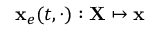
{ \bf x } _ { e } ( t , \cdot ) : { \bf X } \mapsto { \bf x }